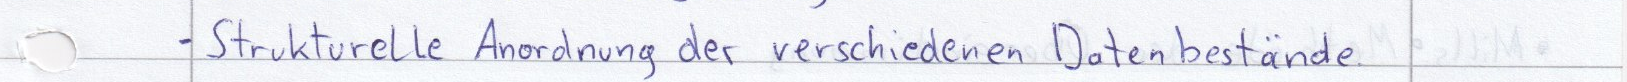
- Strukturelle Anordnung der verschiedenen Datenbeständen